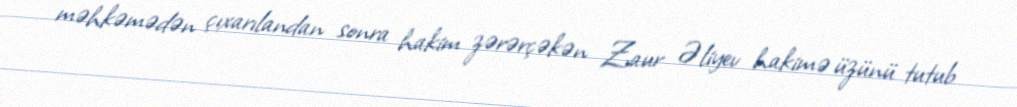
məhkəmədən çıxarılandan sonra hakim zərərçəkən Zaur Əliyev hakimə üzünü tutub